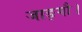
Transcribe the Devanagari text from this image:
जाङ्गौ।